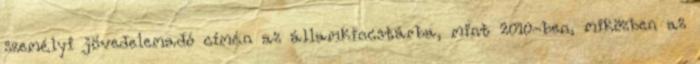
személyi jövedelemadó címén az államkincstárba, mint 2010-ben, miközben az